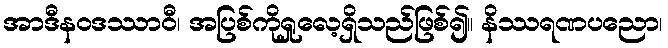
အာဒီနဝဒဿာဝီ၊ အပြစ်ကိုရှုလေ့ရှိသည်ဖြစ်၍။ နိဿရဏပညော၊